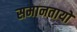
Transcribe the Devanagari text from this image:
समानतायो